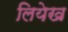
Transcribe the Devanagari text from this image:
लियेख